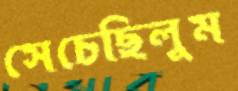
সেচেছিলুম